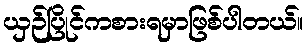
ယှဉ်ပြိုင်ကစားရမှာဖြစ်ပါတယ်။